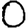
Digit: 0